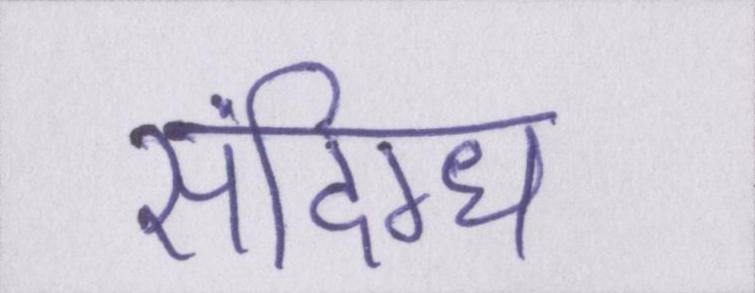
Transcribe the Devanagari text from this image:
संदिग्ध